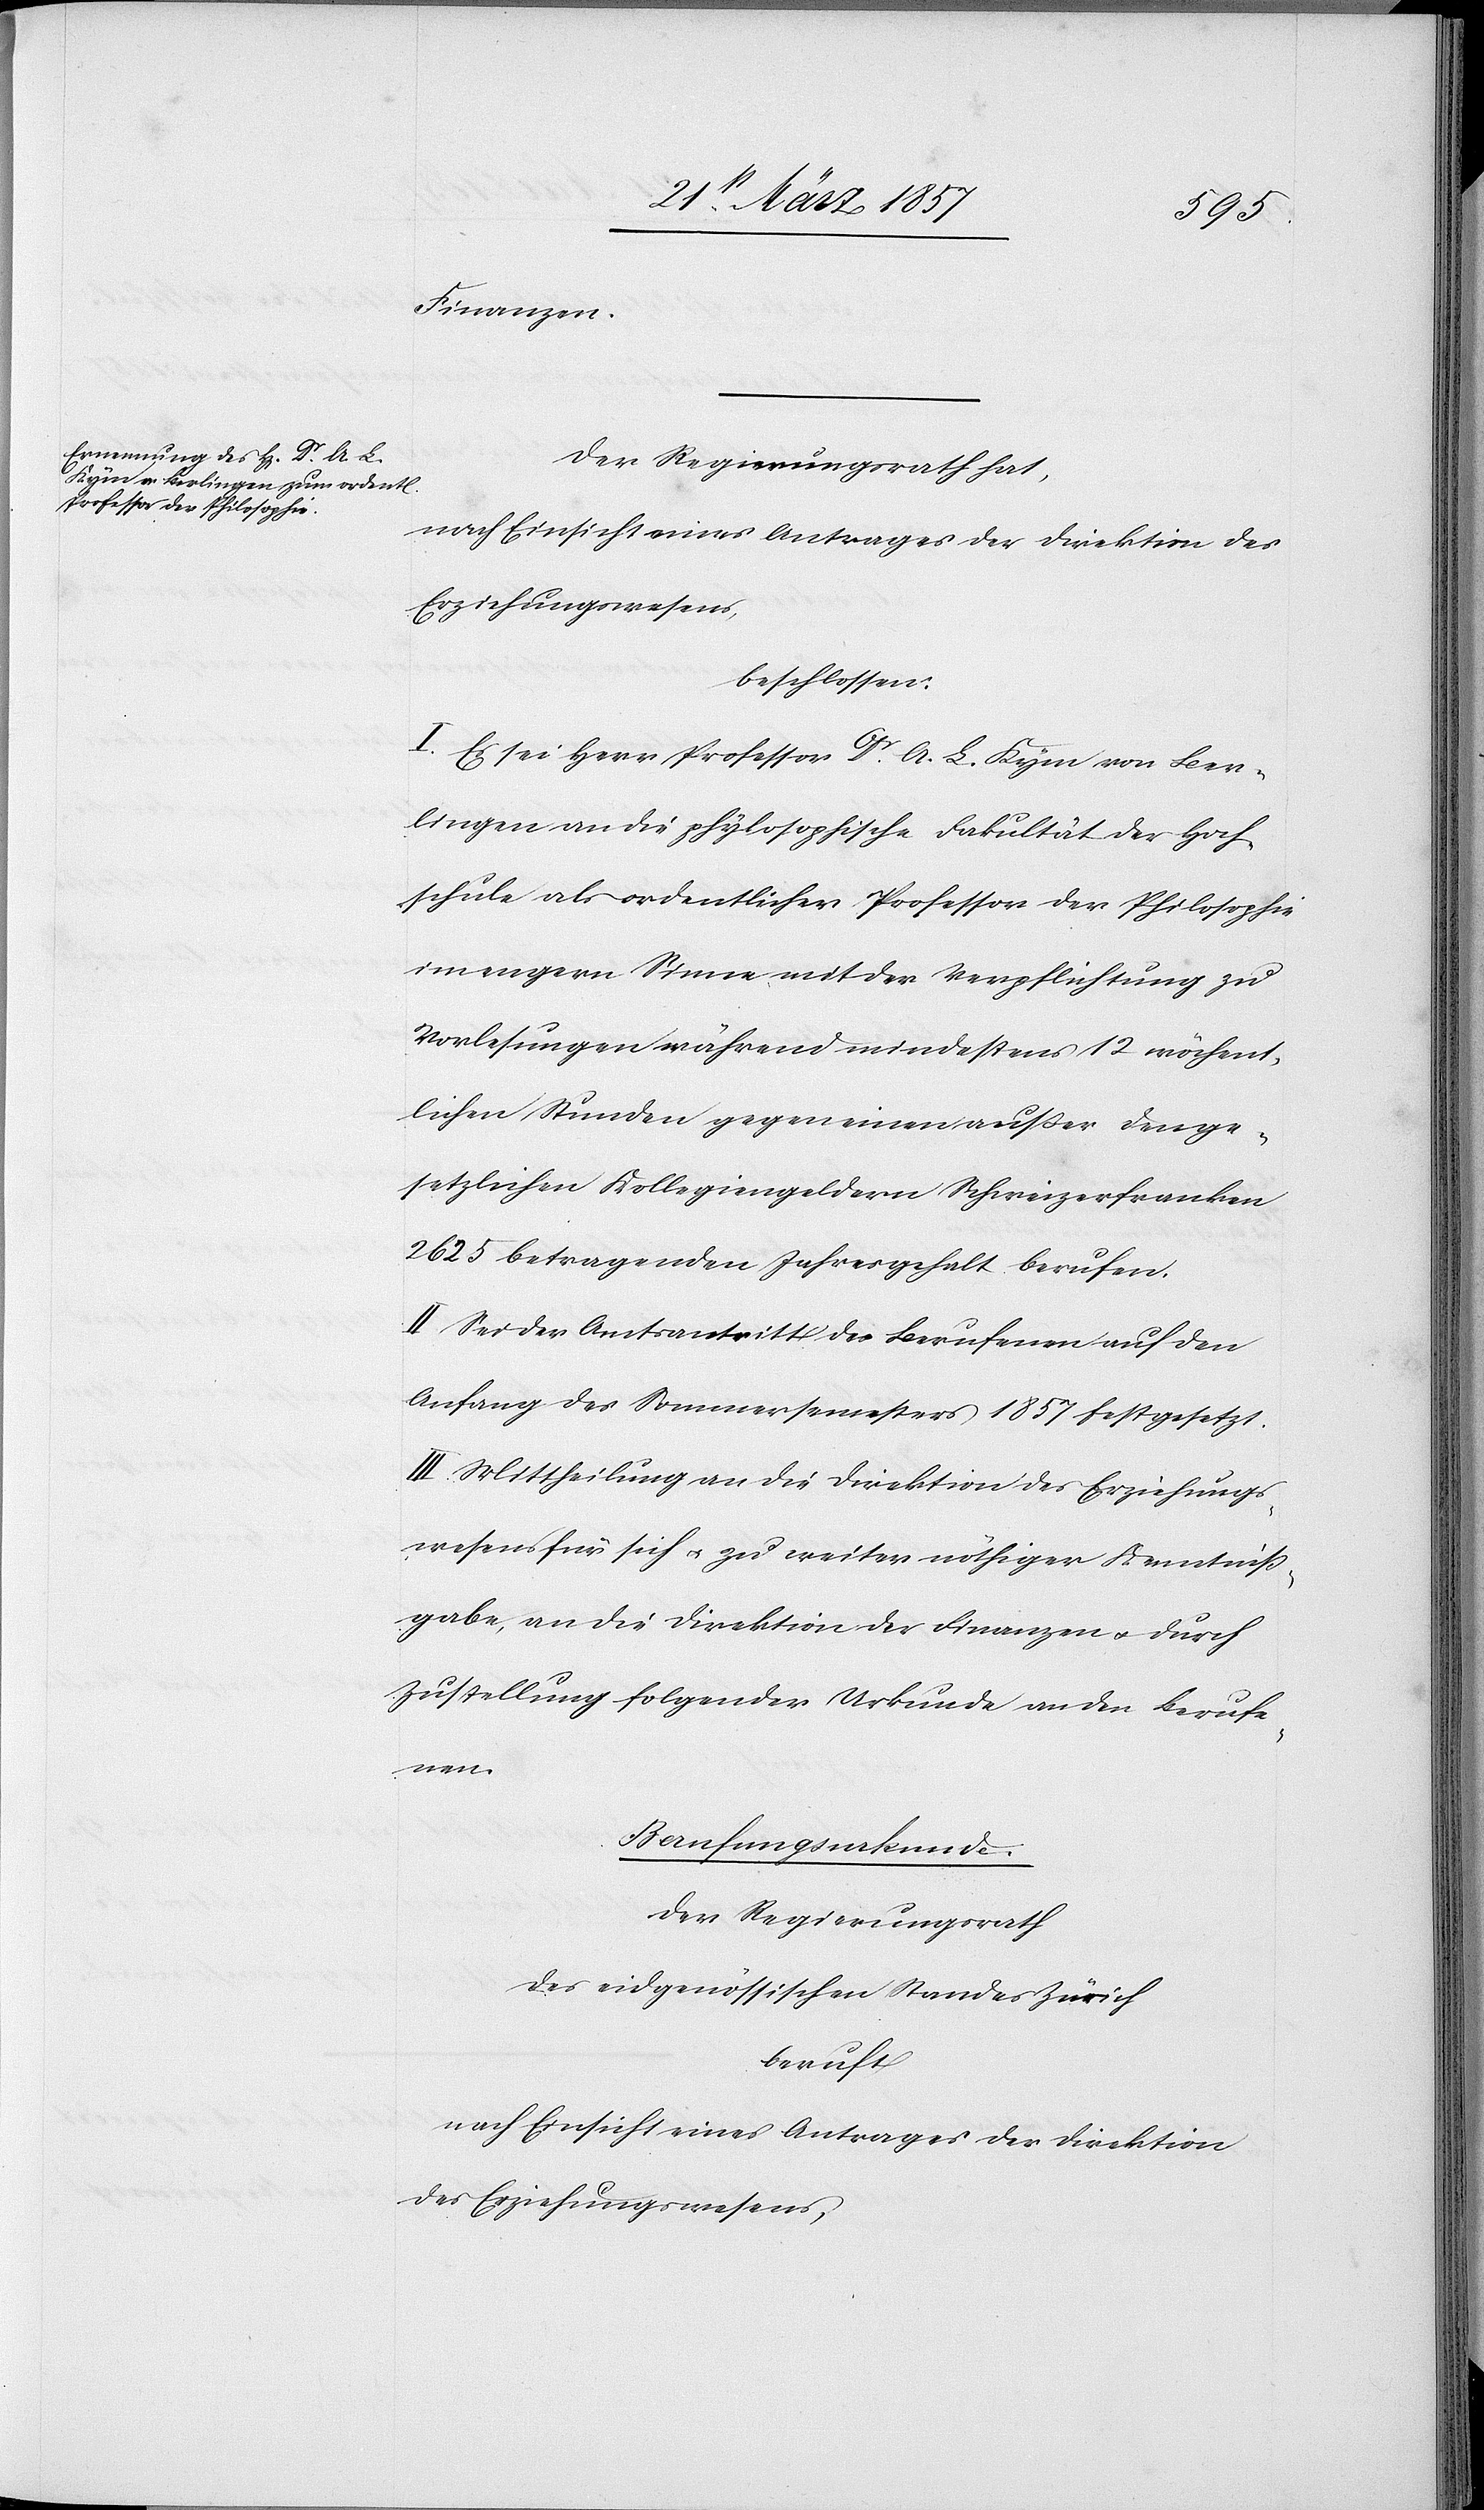
Finanzen.
Der Regierungsrath hat,
nach Einsicht eines Antrages der Direktion des
Erziehungswesens,
beschlossen:
I. Es sei Herr Professor Dr A. L. Kym von Ber¬
lingen an die phylosophische Fakultät der Hoch¬
schule als ordentlicher Professor der Philosophie
im engern Sinne mit der Verpflichtung zu
Vorlesungen während mindestens 12 wöchent¬
lichen Stunden gegen einen außer den ge¬
setzlichen Kollegiengeldern Schweizerfranken
2625 betragenden Jahresgehalt berufen.
II. Sei der Amtsantritt des Berufenen auf den
Anfang des Sommersemesters 1857 festgesetzt.
III. Mittheilung an die Direktion des Erziehungs¬
wesens für sich u. zu weiter nöthiger Kenntniß¬
gabe, an die Direktion der Finanzen u. durch
Zustellung folgender Urkunde an den Berufe¬
nen.
Berufungsurkunde.
Der Regierungsrath
des eidgenössischen Standes Zürich
beruft
nach Einsicht eines Antrages der Direktion
des Erziehungswesens,